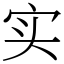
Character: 实